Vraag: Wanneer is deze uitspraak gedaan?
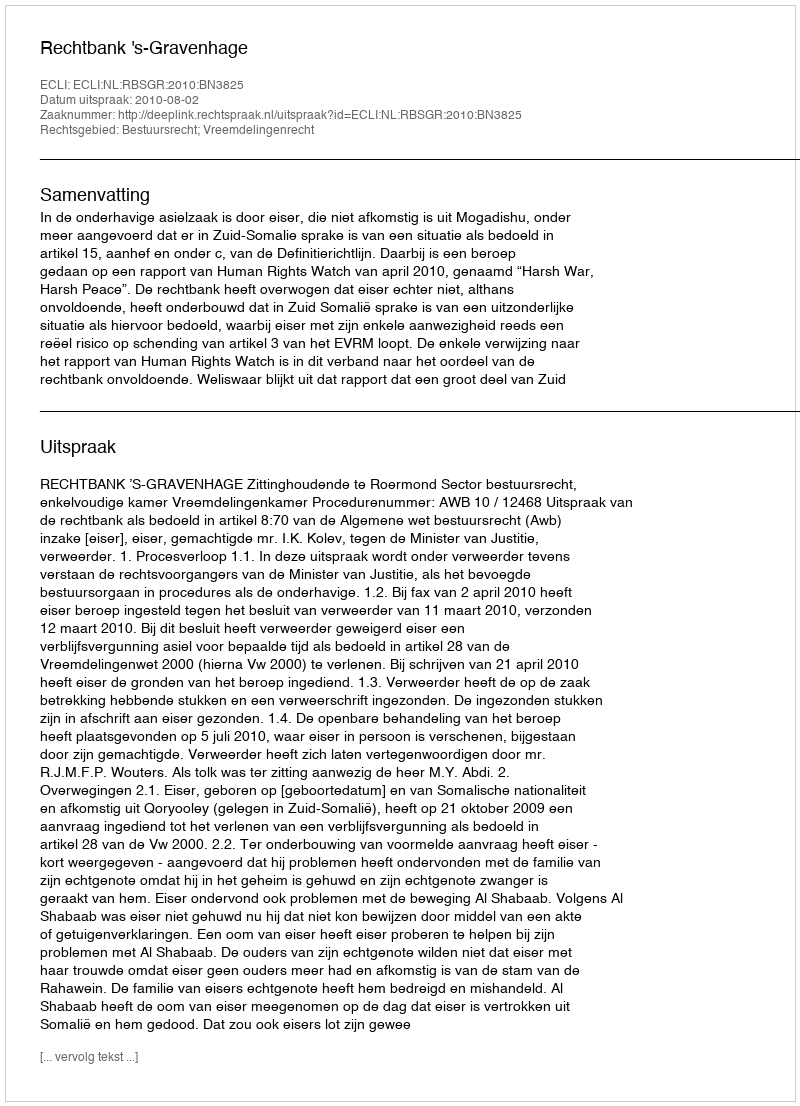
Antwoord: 2010-08-02